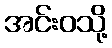
အင်းဝသို့